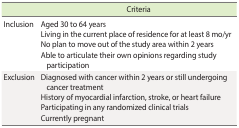
<table><thead><tr><td></td><td><b>Criteria</b></td></tr></thead><tbody><tr><td>Inclusion</td><td>Aged 30 to 64 years</td></tr><tr><td></td><td>Living in the current place of residence for at least 8 mo/yr</td></tr><tr><td></td><td>No plan to move out of the study area within 2 years</td></tr><tr><td></td><td>Able to articulate their own opinions regarding study participation</td></tr><tr><td>Exclusion</td><td>Diagnosed with cancer within 2 years or still undergoing cancer treatment</td></tr><tr><td></td><td>History of myocardial infarction, stroke, or heart failure</td></tr><tr><td></td><td>Participating in any randomized clinical trials</td></tr><tr><td></td><td>Currently pregnant</td></tr></tbody></table>